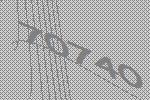
70740